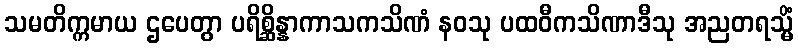
သမတိက္ကမာယ ဌပေတွာ ပရိစ္ဆိန္နာကာသကသိဏံ နဝသု ပထဝီကသိဏာဒီသု အညတရသ္မိံ